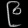
Digit: ၉